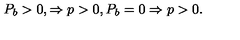
P _ { b } > 0 , \Rightarrow p > 0 , P _ { b } = 0 \Rightarrow p > 0 .